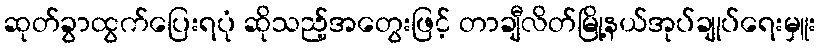
ဆုတ်ခွာထွက်ပြေးရပုံ ဆိုသည့်အတွေးဖြင့် တာချီလိတ်မြို့နယ်အုပ်ချုပ်ရေးမှူး